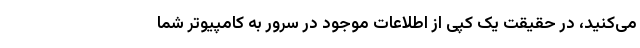
می­‌کنید، در حقیقت یک کپی از اطلاعات موجود در سرور به کامپیوتر شما